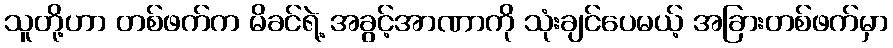
သူတို့ဟာ တစ်ဖက်က မိခင်ရဲ့ အခွင့်အာဏာကို သုံးချင်ပေမယ့် အခြားတစ်ဖက်မှာ